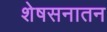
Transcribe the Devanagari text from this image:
शेषसनातन